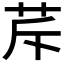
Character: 𦭐